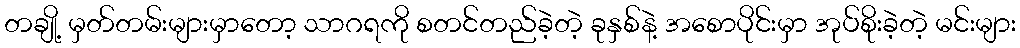
တချို့ မှတ်တမ်းများမှာတော့ သာဂရကို စတင်တည်ခဲ့တဲ့ ခုနှစ်နဲ့ အစောပိုင်းမှာ အုပ်စိုးခဲ့တဲ့ မင်းများ